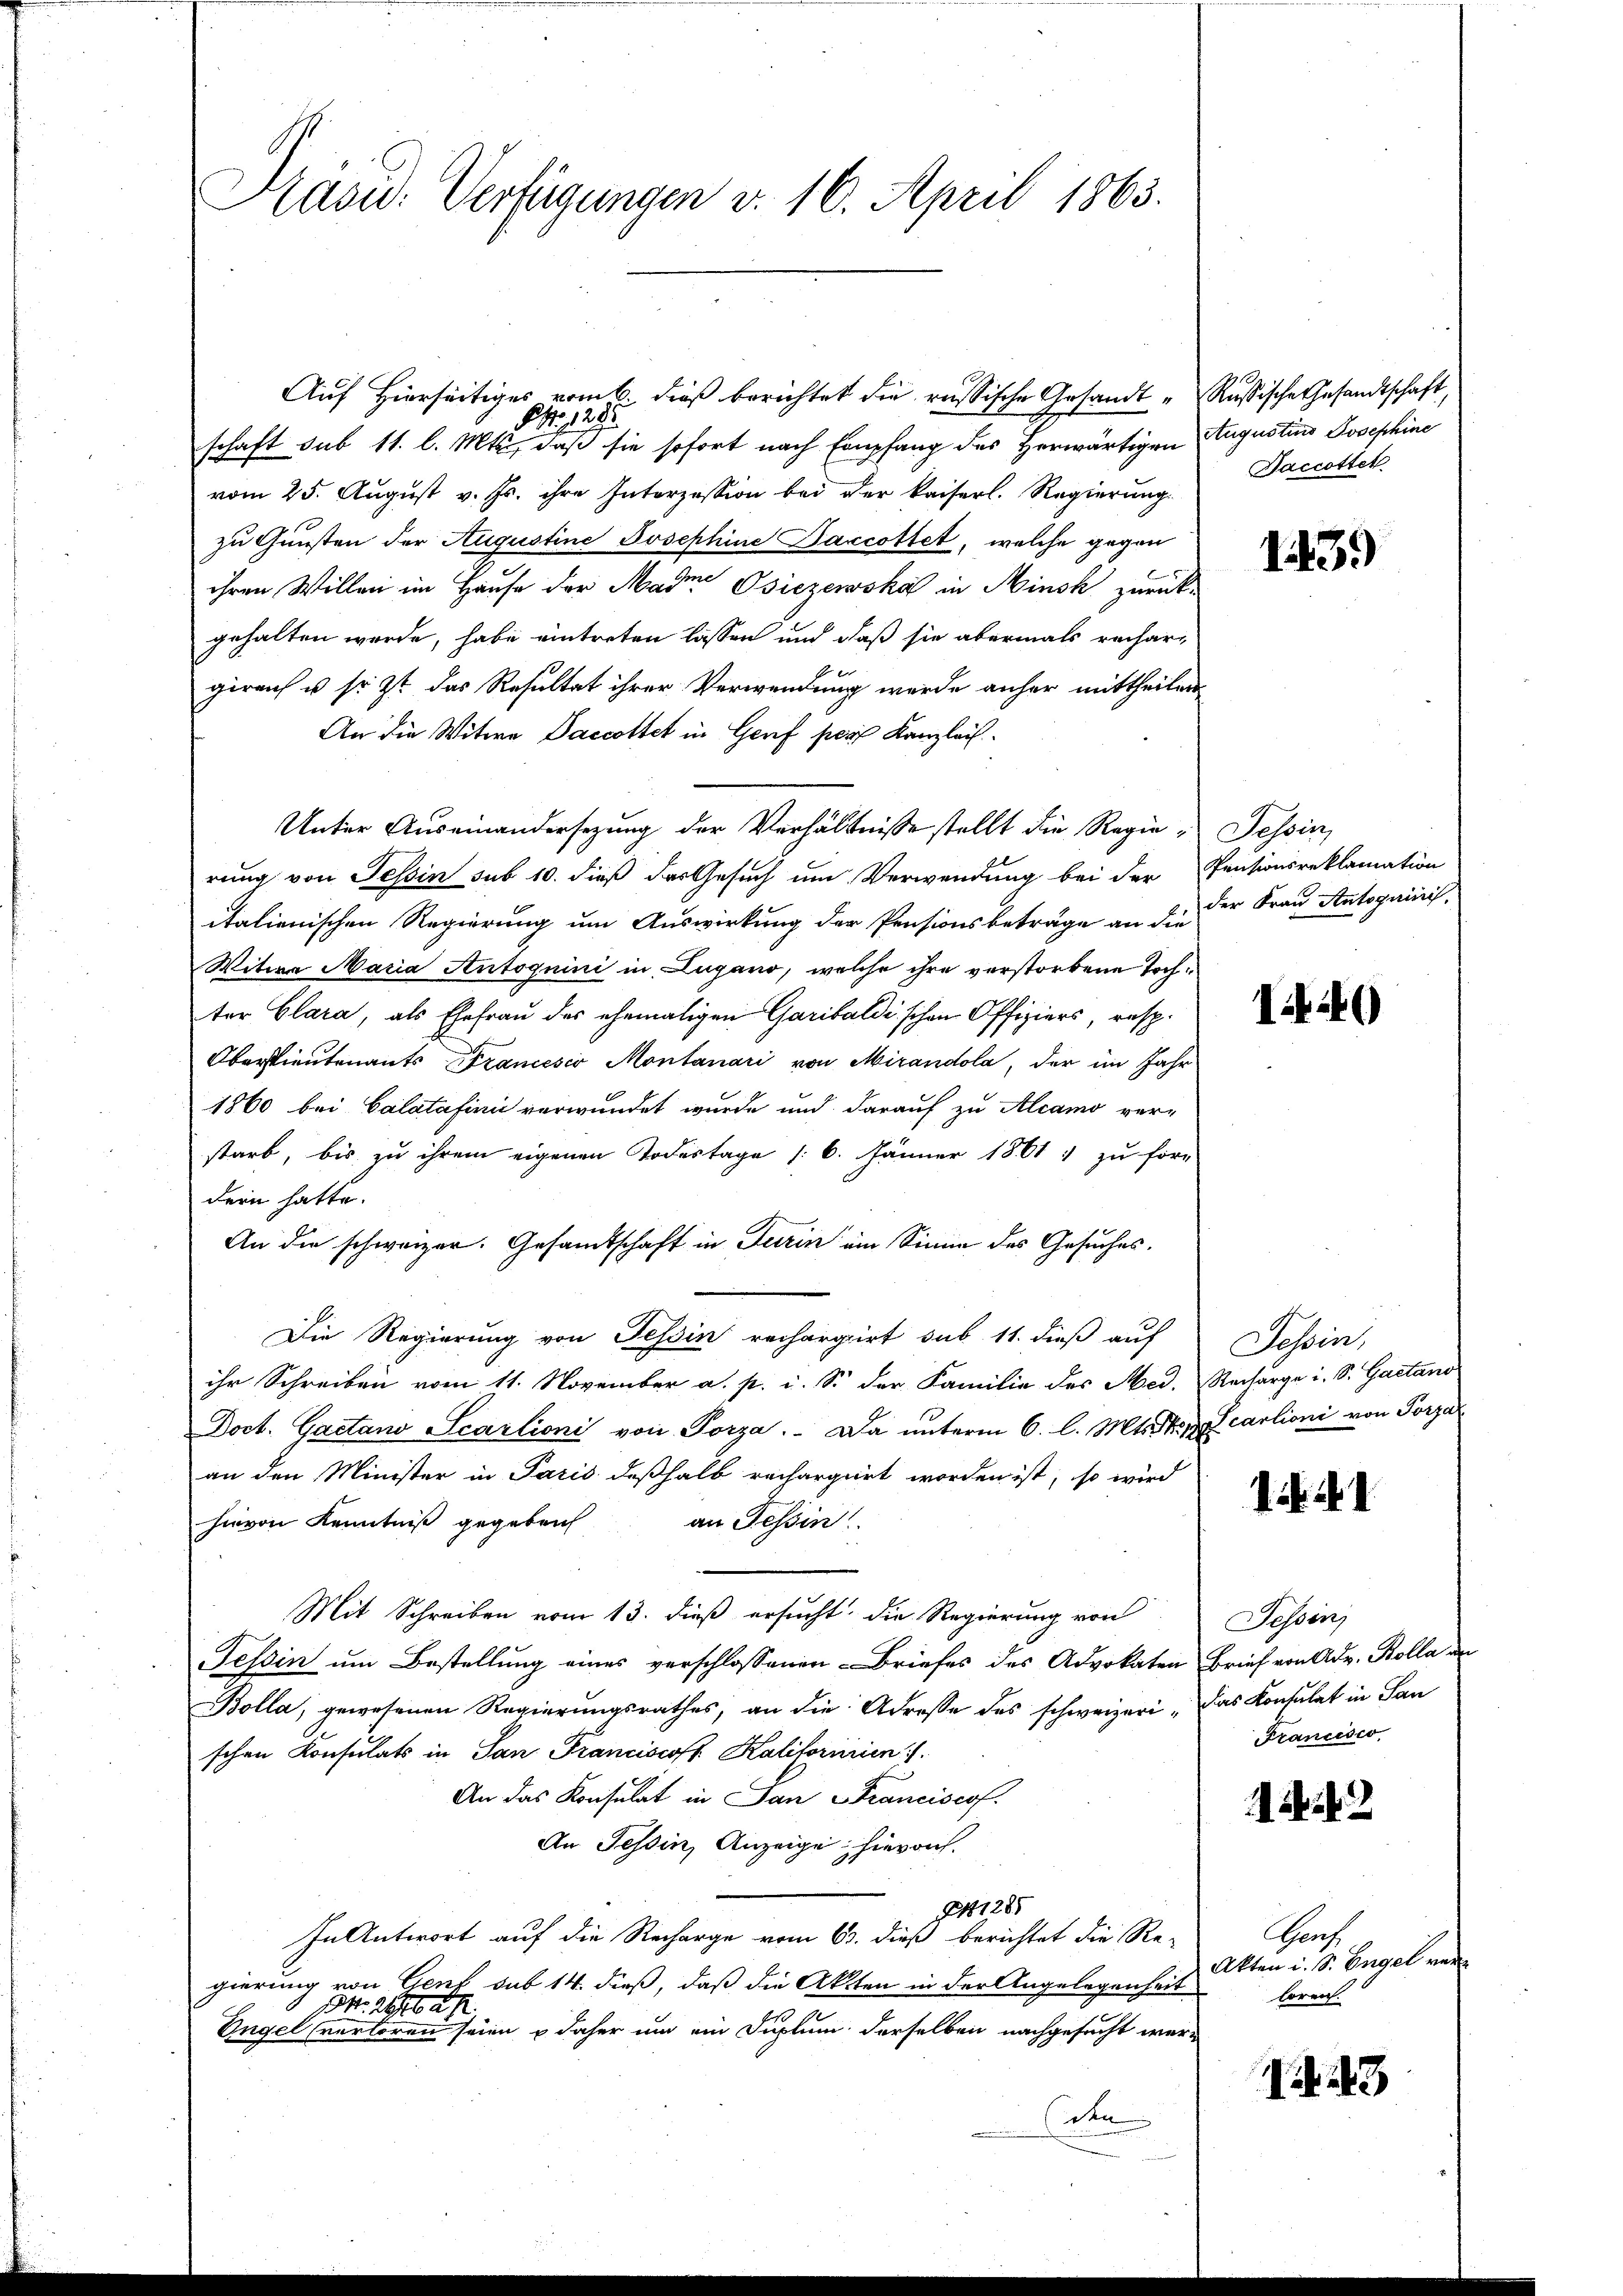
Kavid: Verfügungen v. 16. April 1863.

Auf Hierseitiges vom 6. dieß berichtet die russische Gesandt Russische Gesandtschaft,
§ No 128.
schaft sub 11. l. Mts, daß sie sofort nach Empfang des Herwärtigen Augustins Josephine
vom 25. Aŭgŭst v. Js. ihre Interzession bei der kaiserl. Regierung.
zu Gunsten der Augustine Josephine Darcottet, welche gegen
ihren Willen im Hause der Mader Osiezewska in Minsk zurück-
gehalten werde, habe eintreten lassen und daß sie abermals rechargirauch u so zt das Resultat ihrer Verwendung werde anher mittheilen
An die Witwe Saccottet in Genf per Kanzlei
Unter Auseinandersezung der Verhältnisse stellt die Regia, Tessin,
rung von Tessin sub 10. dieß das Gesuch um Verwendung bei der Pensionsreklamation
italienischen Regierung um Auswirkung der Pensionsbeträge an die der Frau Antoguinis
Witwe Maria Antognini in Lugano, welche ihre verstorbene Tochter Clara, als Ehefrau des ehemaligen Garibaldischen Offiziers, resp.
Oberstieutenants Francesco Montanari von Mirandola, der im Jahr
1860 bei Calatafinie verwundet wurde und darauf zu Alcamo ver-
starb, bis zu ihrem eigenen Todestage /: 6. Jänner 1861 zu för-
dern hatte.
An die schweizer. Gesamtschaft in Turin ein Sinne des Gesuches.
Die Regierung von Tessin rechargirt sub 11. dieß auf
ihr Schreiben vom 11. November a. p. i. S. der Familie des Med. Recharge i. S. Gaetano
Doct. Gaetano Scarlioni von Porza. Da unterm 6. l. Mts. stre carlioni von Porza
an den Minister in Paris deßhalb rechargirt worden ist, so wird
hievon Kenntniß gegeben
an Tessin
Mit Schreiben vom 13. dieß ersucht, die Regierung von
Tessin um Bestellung eines verschlossenen Briefes des Advokaten Brief von Adv. Kolla an
Bolla, gewesenen Regierungsrathes, an die Adresse des schweizeri - das Konsulat in San
schen Konsulats in San Franciscoff Kalifornien
An das Konsulat in San Franciscof.
An Tessin, Anzeige hierauf.
1285
In Antwort auf die Recharge vom 6. dieß berichtet die Re-
gierung von Genf sub 14. dieß, daß die Akten in der Angelegenheit
Nr. 2662 R.
Engel verloren seien & daher um ein Duplum derselben nachgesucht werden

Saccottet

1439

I249)

Tessin,

1 Nr. 1

Tessin
Francisco

Gas
Akten i. Sr. Engel verloren.

43